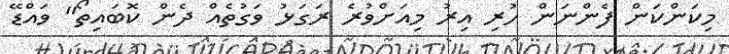
މިކަންކަން ފެންނަން ހުރި އިރު މިއަށްވުރެ ރަގަޅު ވަގުތެއް ދެން ކޮބައިތޯ" ވައްޑޭ